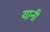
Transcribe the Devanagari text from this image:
यानी